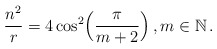
\begin{align*}\frac{n^2}{r} = 4 \cos^2 \Bigl( \frac{\pi}{m+2}\Bigr) \,, m \in {\mathbb N} \,.\end{align*}